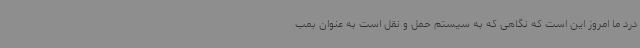
درد ما امروز این است که نگاهی که به سیستم حمل و نقل است به عنوان بمب